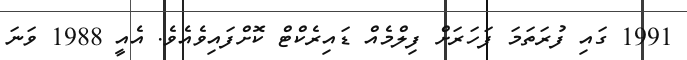
1991 ގައި ފުރަތަމަ ފަހަރަށް ފިލްމެއް ޑައިރެކްޓް ކޮށްފައިވެއެވެ. އެއީ 1988 ވަނަ